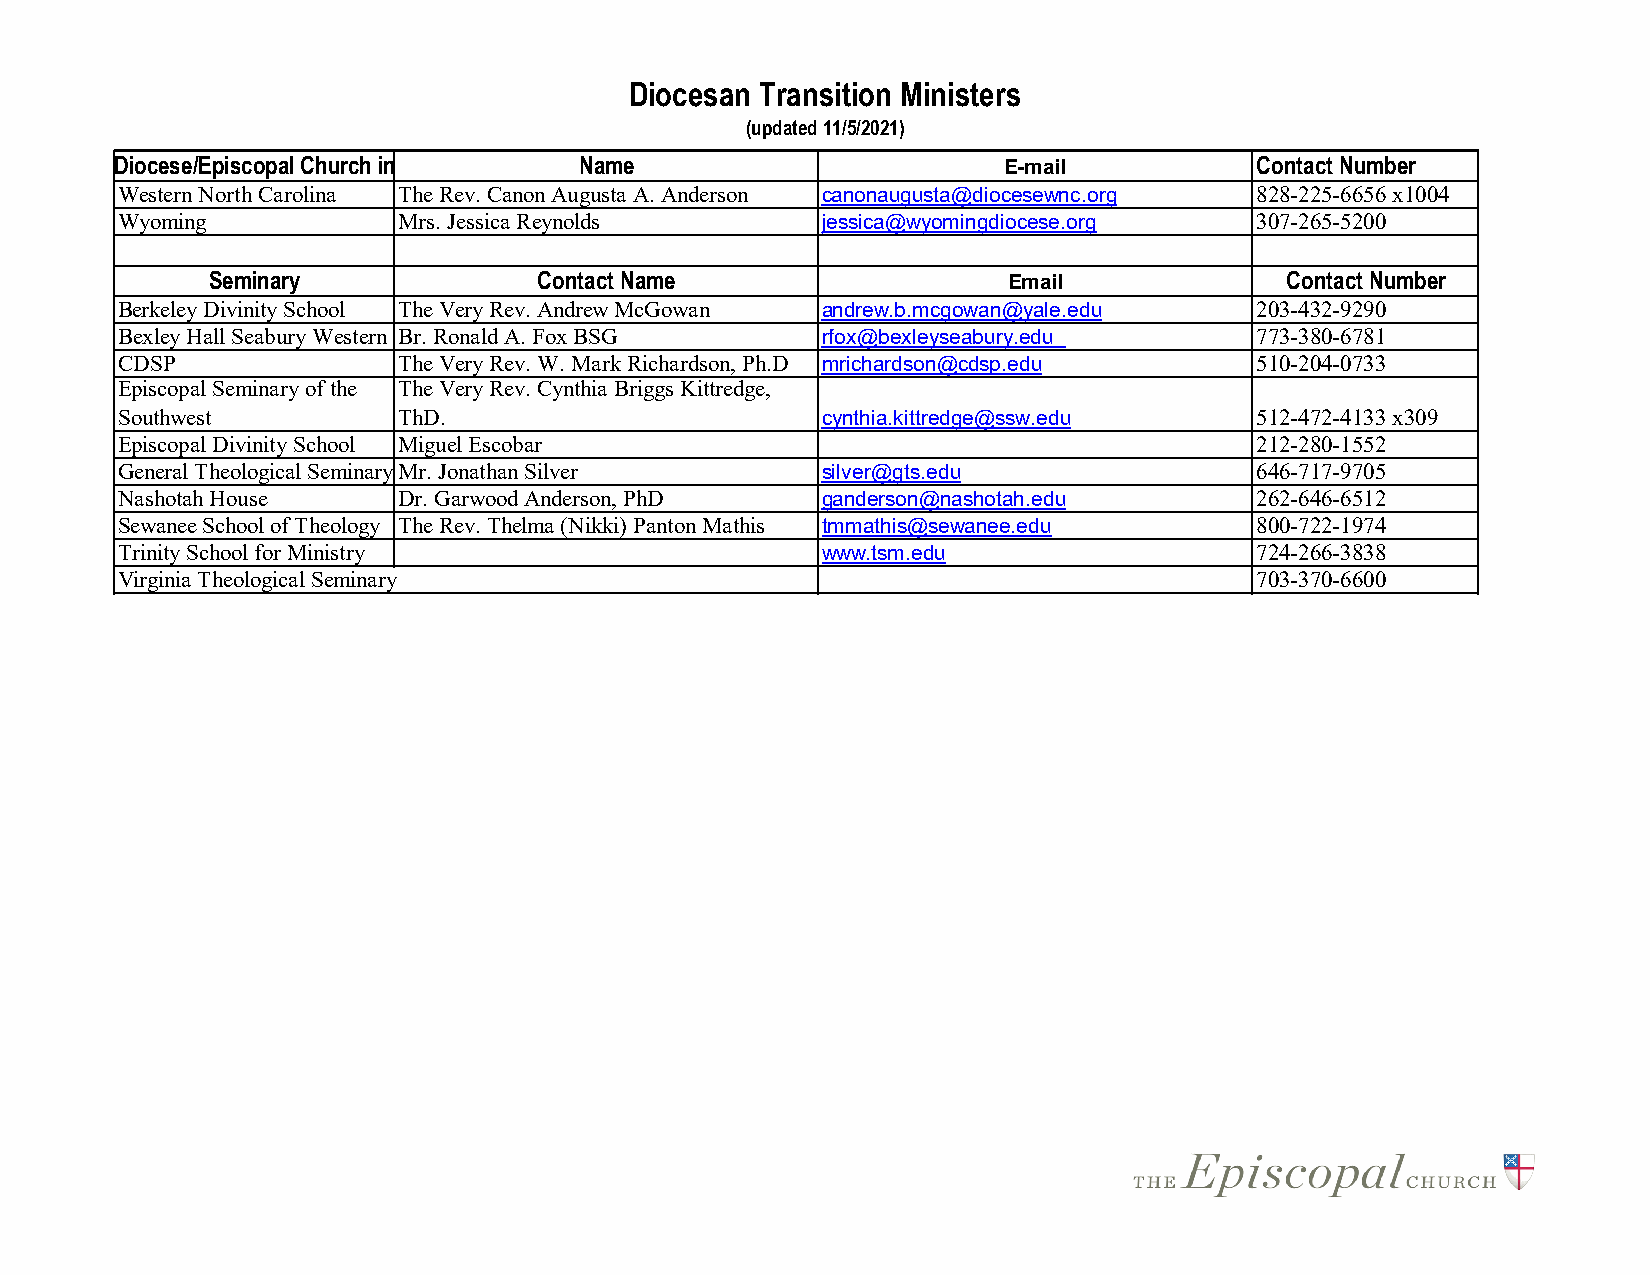
Diocesan Transition Ministers
 (updated 11/5/2021)
 Diocese/Episcopal Church in    Name                        E-mail           Contact Number
 Western North Carolina The Rev. Canon Augusta A. Anderson canonaugusta@diocesewnc.org 828-225-6656 x1004
 Wyoming           Mrs. Jessica Reynolds       jessica@wyomingdiocese.org   307-265-5200
 Seminary             Contact Name                   Email              Contact Number
 Berkeley Divinity School The Very Rev. Andrew McGowan andrew.b.mcgowan@yale.edu 203-432-9290
 Bexley Hall Seabury Western Br. Ronald A. Fox BSG rfox@bexleyseabury.edu   773-380-6781
 CDSP              The Very Rev. W. Mark Richardson, Ph.D mrichardson@cdsp.edu 510-204-0733
 Episcopal Seminary of the The Very Rev. Cynthia Briggs Kittredge,
 Southwest         ThD.                        cynthia.kittredge@ssw.edu    512-472-4133 x309
 Episcopal Divinity School Miguel Escobar                                   212-280-1552
 General Theological SeminaryMr. Jonathan Silver silver@gts.edu             646-717-9705
 Nashotah House    Dr. Garwood Anderson, PhD   ganderson@nashotah.edu       262-646-6512
 Sewanee School of Theology The Rev. Thelma (Nikki) Panton Mathis tmmathis@sewanee.edu 800-722-1974
 Trinity School for Ministry                   www.tsm.edu                  724-266-3838
 Virginia Theological Seminary                                              703-370-6600